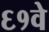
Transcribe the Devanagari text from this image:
६१वे